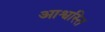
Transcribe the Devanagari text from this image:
आश्वस्ति